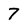
Character: 7